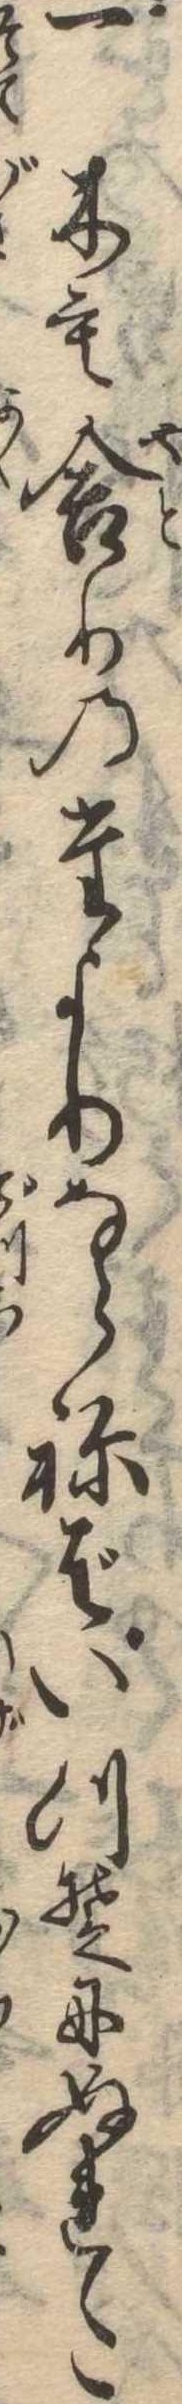
一木も舎りのたよりならねばいつそにぬれた